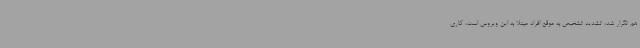
هم تکرار شد، تشدید تشخیص به موقع افراد مبتلا به این ویروس است، کاری